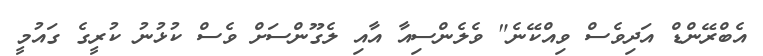
އެބްރޭންޑް އަދިވެސް ވިއްކޭނެ" ވެލެންސިއާ އާއި ލެގޫންސަށް ވެސް ކުޅުނު ކުރީގެ ގައުމީ